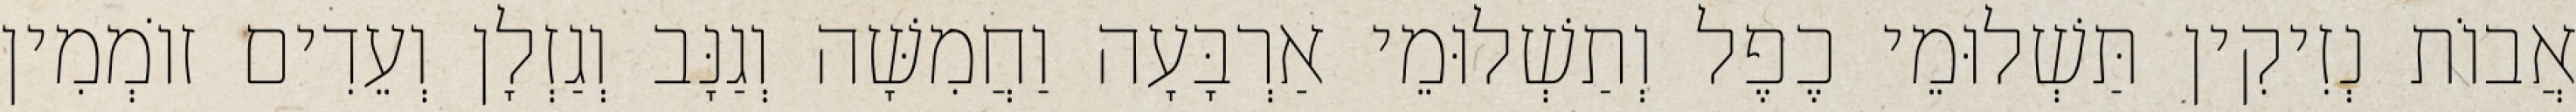
אֲבוֹת נְזִיקִין תַּשְׁלוּמֵי כֶפֶל וְתַשְׁלוּמֵי אַרְבָּעָה וַחֲמִשָּׁה וְגַנָּב וְגַזְלָן וְעֵדִים זוֹמְמִין